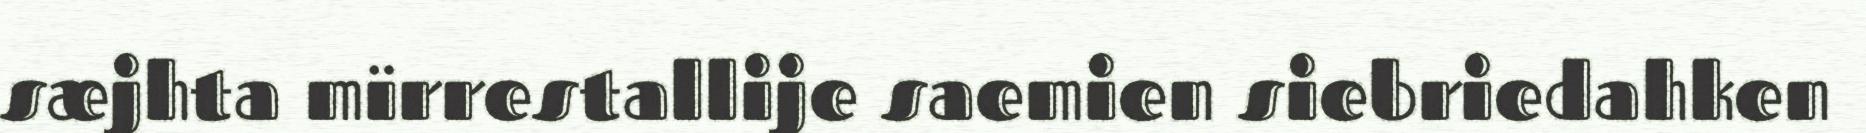
sæjhta mïrrestallije saemien siebriedahken